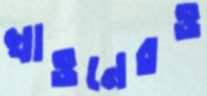
খাওনেরও